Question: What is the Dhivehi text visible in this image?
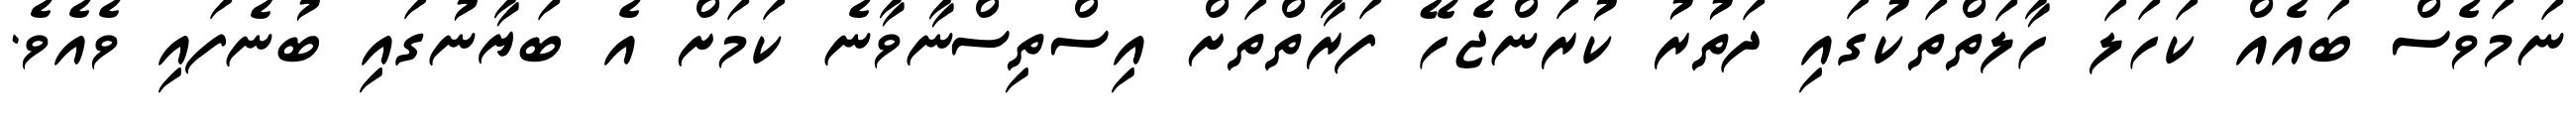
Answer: ނަމަވެސް ބައެއް ކަހަލަ ހާލަތްތަކުގައި ދަތުރު ކުރަންޖެހޭ ފަރާތްތަށް އިސްތިސްނާވާނެ ކަމަށް އެ ބަޔާނުގައި ބުނެފައި ވެއެވެ.